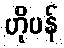
ဟိုပန်